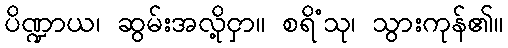
ပိဏ္ဍာယ၊ ဆွမ်းအလို့ငှာ။ စရိံသု၊ သွားကုန်၏။